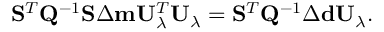
\mathbf { S } ^ { T } \mathbf { Q } ^ { - 1 } \mathbf { S } \Delta \mathbf { m } \mathbf { U } _ { \lambda } ^ { T } \mathbf { U } _ { \lambda } = \mathbf { S } ^ { T } \mathbf { Q } ^ { - 1 } \Delta \mathbf { d } \mathbf { U } _ { \lambda } .